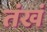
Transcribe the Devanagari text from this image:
तंखं